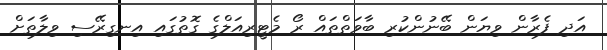
އަދި ފެރާން ވިޔަން ބޭނުންކުރި ބާވަތްތައް ރޯ މެޓީރިއަލްގެ ގޮތުގައި އިނގިރޭސި ވިލާތަށް